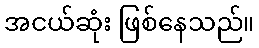
အငယ်ဆုံး ဖြစ်နေသည်။